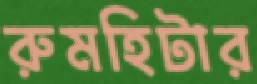
রুমহিটার